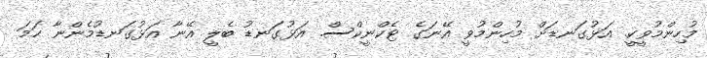
މުހިންމުވީކީ. އަޅުގަނޑަށް މުހިންމުވީ އޭނަގެ ޓެކްނީކްސް. އަޅުގަނޑު ބެލީ އޭނާ އަޅުގަނޑުމެންނާ ހަމަ